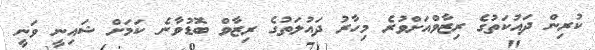
ކުރިން ދައުކަތުގެ ރިޒާވްއަށްވުރެ މިހާރު ދައުލަތުގެ ރިޒާވް ބޮޑުވާނެ ކަމަށް ޝައިނީ ވަނީ